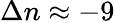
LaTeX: \Delta n\approx-9